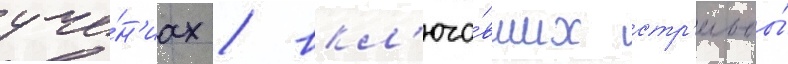
уче́н'иах / вкл'юча́вших стр'ельбы́